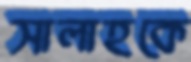
সালাহকে